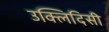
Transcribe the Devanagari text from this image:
उक्लिदिसी